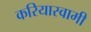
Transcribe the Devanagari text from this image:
करियास्वामी